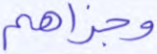
وجزاهم